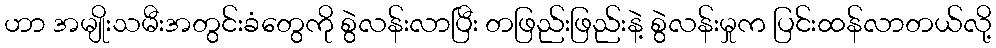
ဟာ အမျိုးသမီးအတွင်းခံတွေကို စွဲလန်းလာပြီး တဖြည်းဖြည်းနဲ့ စွဲလန်းမှုက ပြင်းထန်လာတယ်လို့